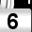
Digit: 6